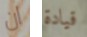
ان قيادة